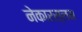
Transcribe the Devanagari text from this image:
नेकारस्लम